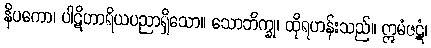
နိပကော၊ ပါဋိဟာရိယပညာရှိသော။ သောဘိက္ခု၊ ထိုရဟန်းသည်။ ဣမံဇဋံ၊